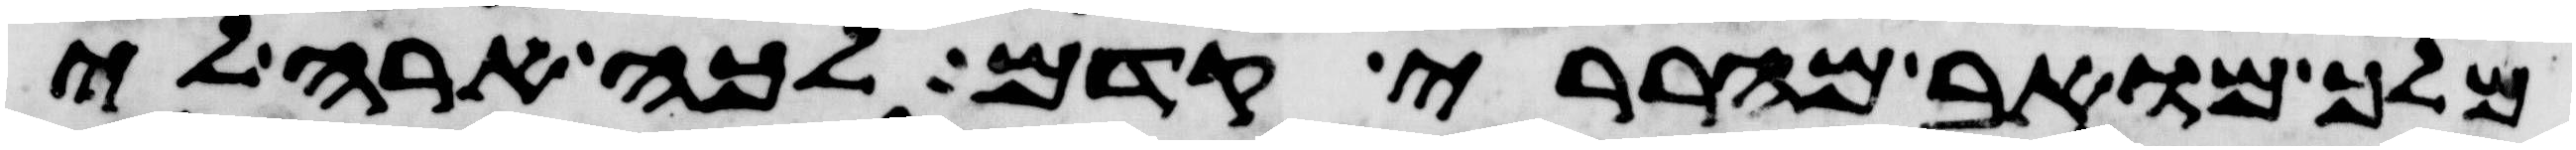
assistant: מלך מואב מהררי קדם לכה ארה לי